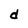
Character: d